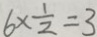
6 \times \frac { 1 } { 2 } = 3